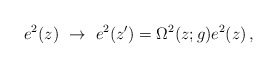
\begin{align*}{e^{2}}(z)~\rightarrow~e^{2}(z^{\prime})=\Omega^{2}(z;g)e^{2}(z)\,, \end{align*}